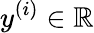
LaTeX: y^{(i)}\in\mathbb{R}